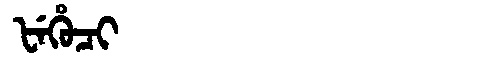
Manchu: ᡶᡝᡥᡠᠴᡳ
Romanization: FEHUCI